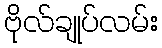
ဗိုလ်ချုပ်လမ်း